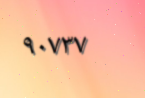
٩٠٧٣٧